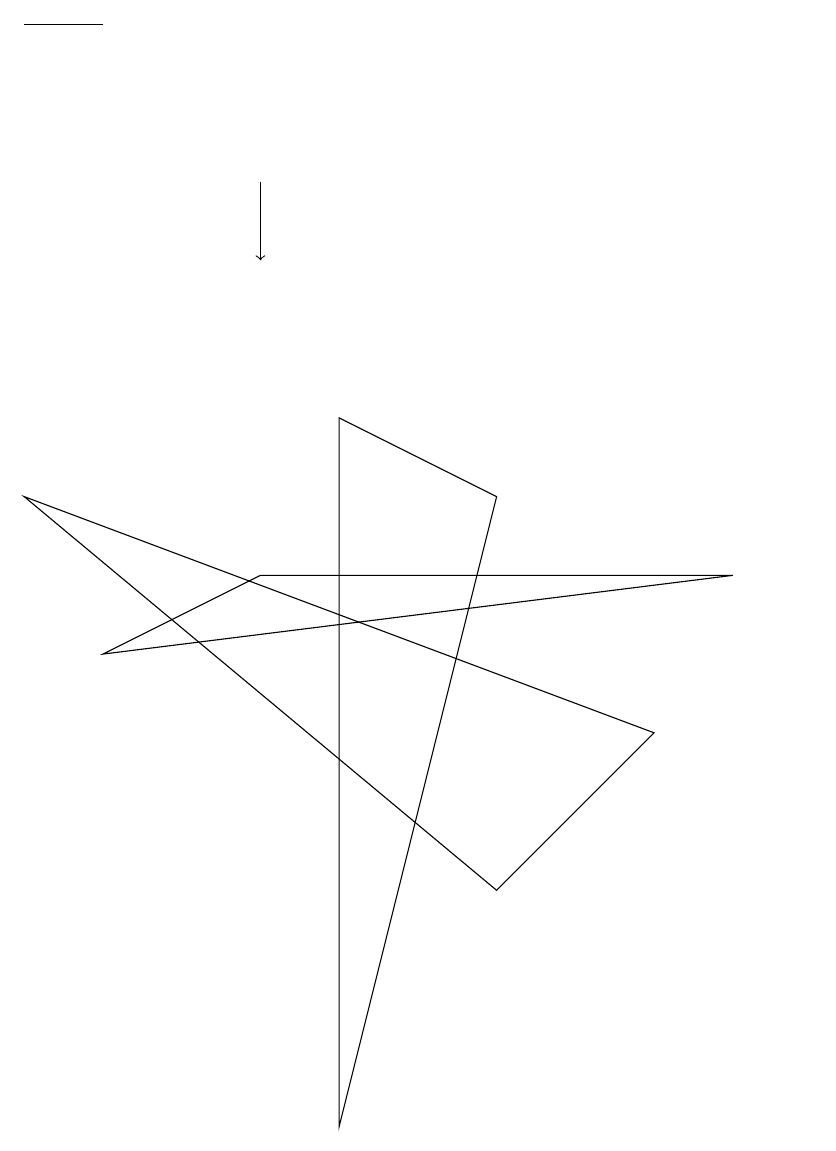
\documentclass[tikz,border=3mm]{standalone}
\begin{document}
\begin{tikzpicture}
\draw (0,14) rectangle (1,14);
\draw (9,7) -- (3,7) -- (1,6) -- cycle;
\draw (10,10) circle (0);
\draw (0,8) -- (6,3) -- (8,5) -- cycle;
\draw[->] (3,12) -- (3,11);
\draw (4,9) -- (6,8) -- (4,0) -- cycle;
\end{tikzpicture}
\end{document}